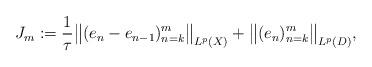
LaTeX: \begin{align*}J_m:=\frac{1}{\tau}\big\|(e_n-e_{n-1} )_{n=k}^m\big\|_{ L^p(X)} + \big\|(e_n )_{n=k}^m\big\|_{ L^p(D)}, \end{align*}